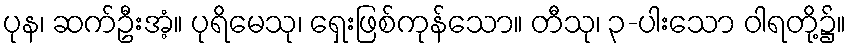
ပုန၊ ဆက်ဦးအံ့။ ပုရိမေသု၊ ရှေးဖြစ်ကုန်သော။ တီသု၊ ၃-ပါးသော ဝါရတို့၌။